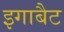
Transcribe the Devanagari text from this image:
इगाबैट